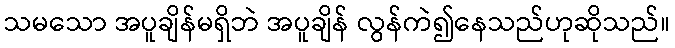
သမသော အပူချိန်မရှိဘဲ အပူချိန် လွန်ကဲ၍နေသည်ဟုဆိုသည်။